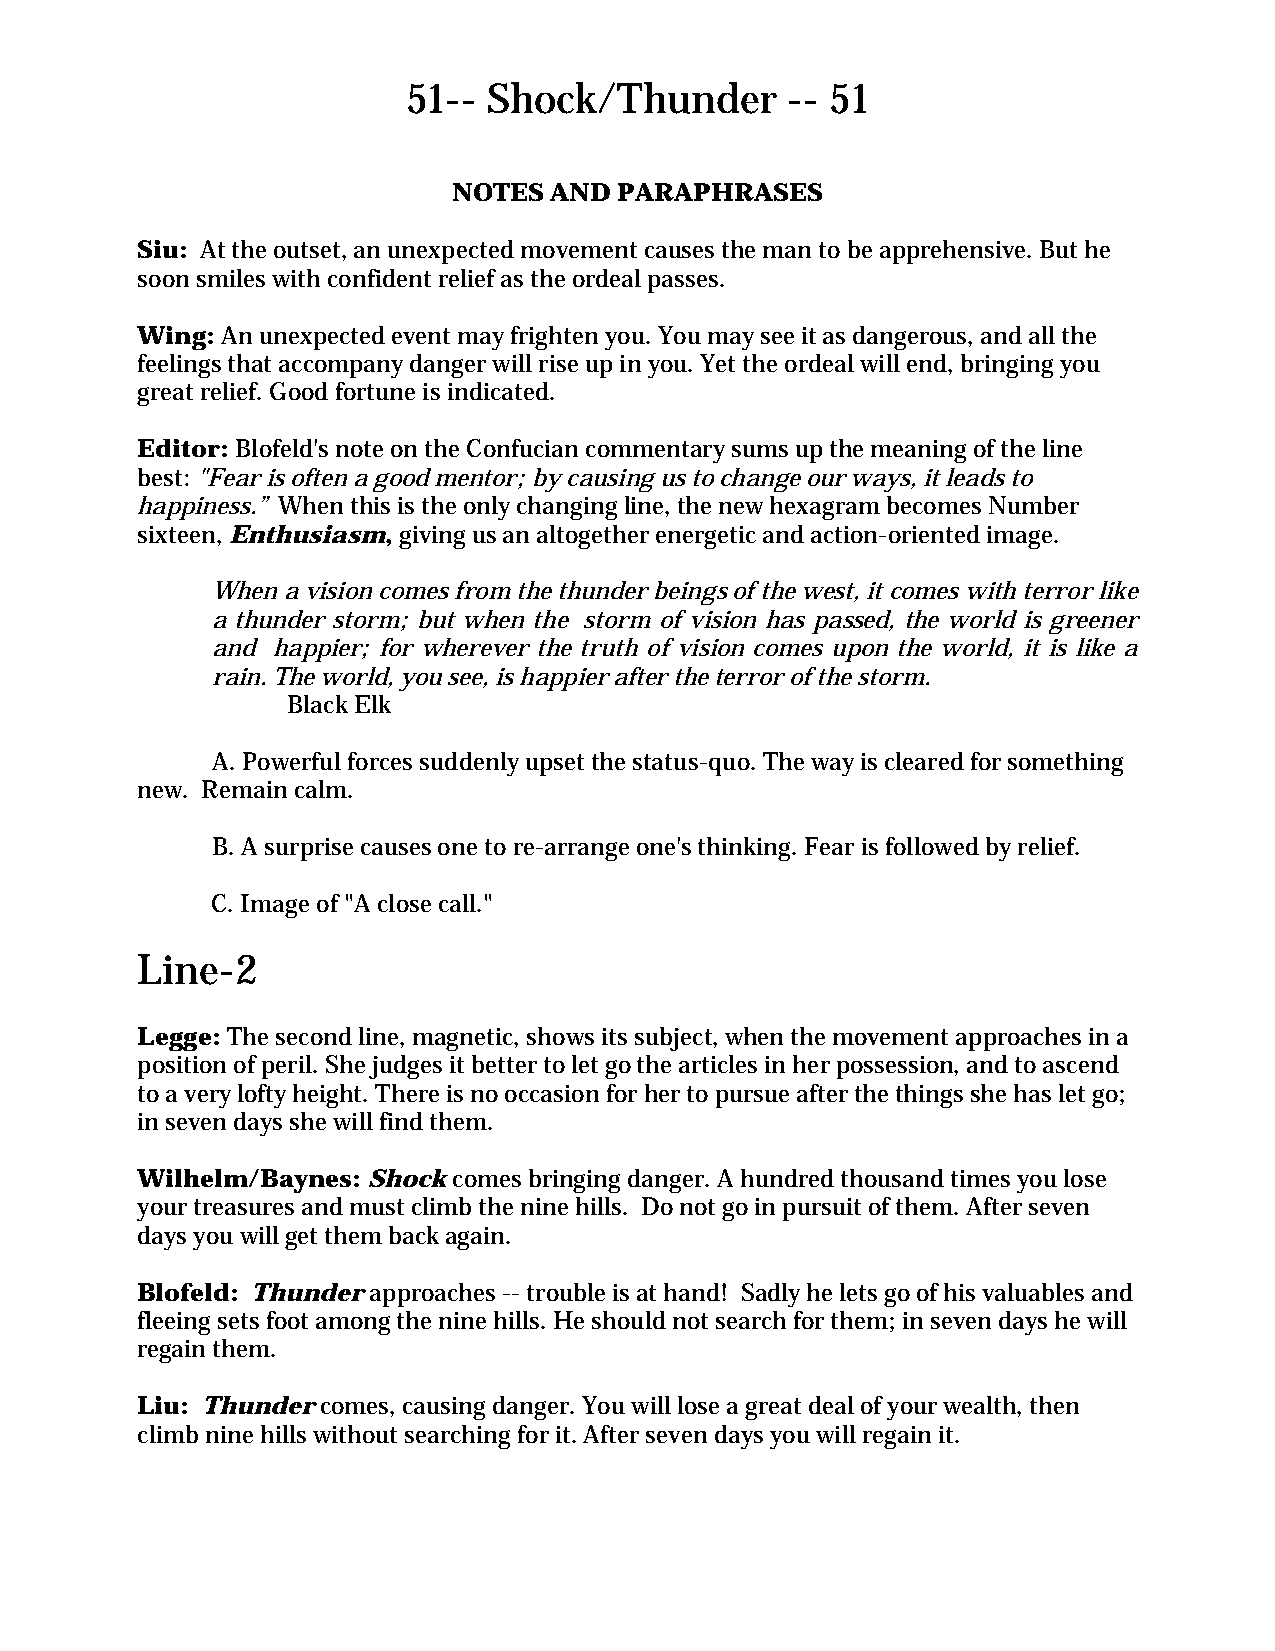
51-- Shock/Thunder       -- 51
 NOTES AND  PARAPHRASES
 Siu: At the outset, an unexpected movement causes the man to be apprehensive. But he
 soon smiles with confident relief as the ordeal passes.
 Wing: An unexpected event may frighten you. You may see it as dangerous, and all the
 feelings that accompany danger will rise up in you. Yet the ordeal will end, bringing you
 great relief. Good fortune is indicated.
 Editor: Blofeld's note on the Confucian commentary sums up the meaning of the line
 best: "Fear is often a good mentor; by causing us to change our ways, it leads to
 happiness.” When this is the only changing line, the new hexagram becomes Number
 sixteen, Enthusiasm, giving us an altogether energetic and action-oriented image.
 When a vision comes from the thunder beings of the west, it comes with terror like
 a thunder storm; but when the storm of vision has passed, the world is greener
 and happier; for wherever the truth of vision comes upon the world, it is like a
 rain. The world, you see, is happier after the terror of the storm.
 Black Elk
 A. Powerful forces suddenly upset the status-quo. The way is cleared for something
 new. Remain calm.
 B. A surprise causes one to re-arrange one's thinking. Fear is followed by relief.
 C. Image of "A close call."
 Line-2
 Legge: The second line, magnetic, shows its subject, when the movement approaches in a
 position of peril. She judges it better to let go the articles in her possession, and to ascend
 to a very lofty height. There is no occasion for her to pursue after the things she has let go;
 in seven days she will find them.
 Wilhelm/Baynes: Shock comes bringing danger. A hundred thousand times you lose
 your treasures and must climb the nine hills. Do not go in pursuit of them. After seven
 days you will get them back again.
 Blofeld: Thunder approaches -- trouble is at hand! Sadly he lets go of his valuables and
 fleeing sets foot among the nine hills. He should not search for them; in seven days he will
 regain them.
 Liu: Thunder comes, causing danger. You will lose a great deal of your wealth, then
 climb nine hills without searching for it. After seven days you will regain it.